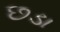
છડા